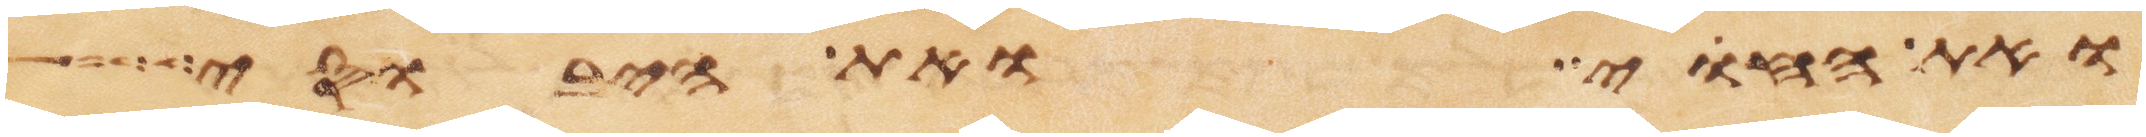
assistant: ואת החוי ואת היבוסי